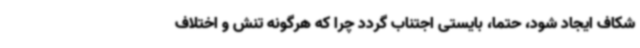
شکاف ایجاد شود، حتما، بایستی اجتناب گردد چرا که هرگونه تنش و اختلاف